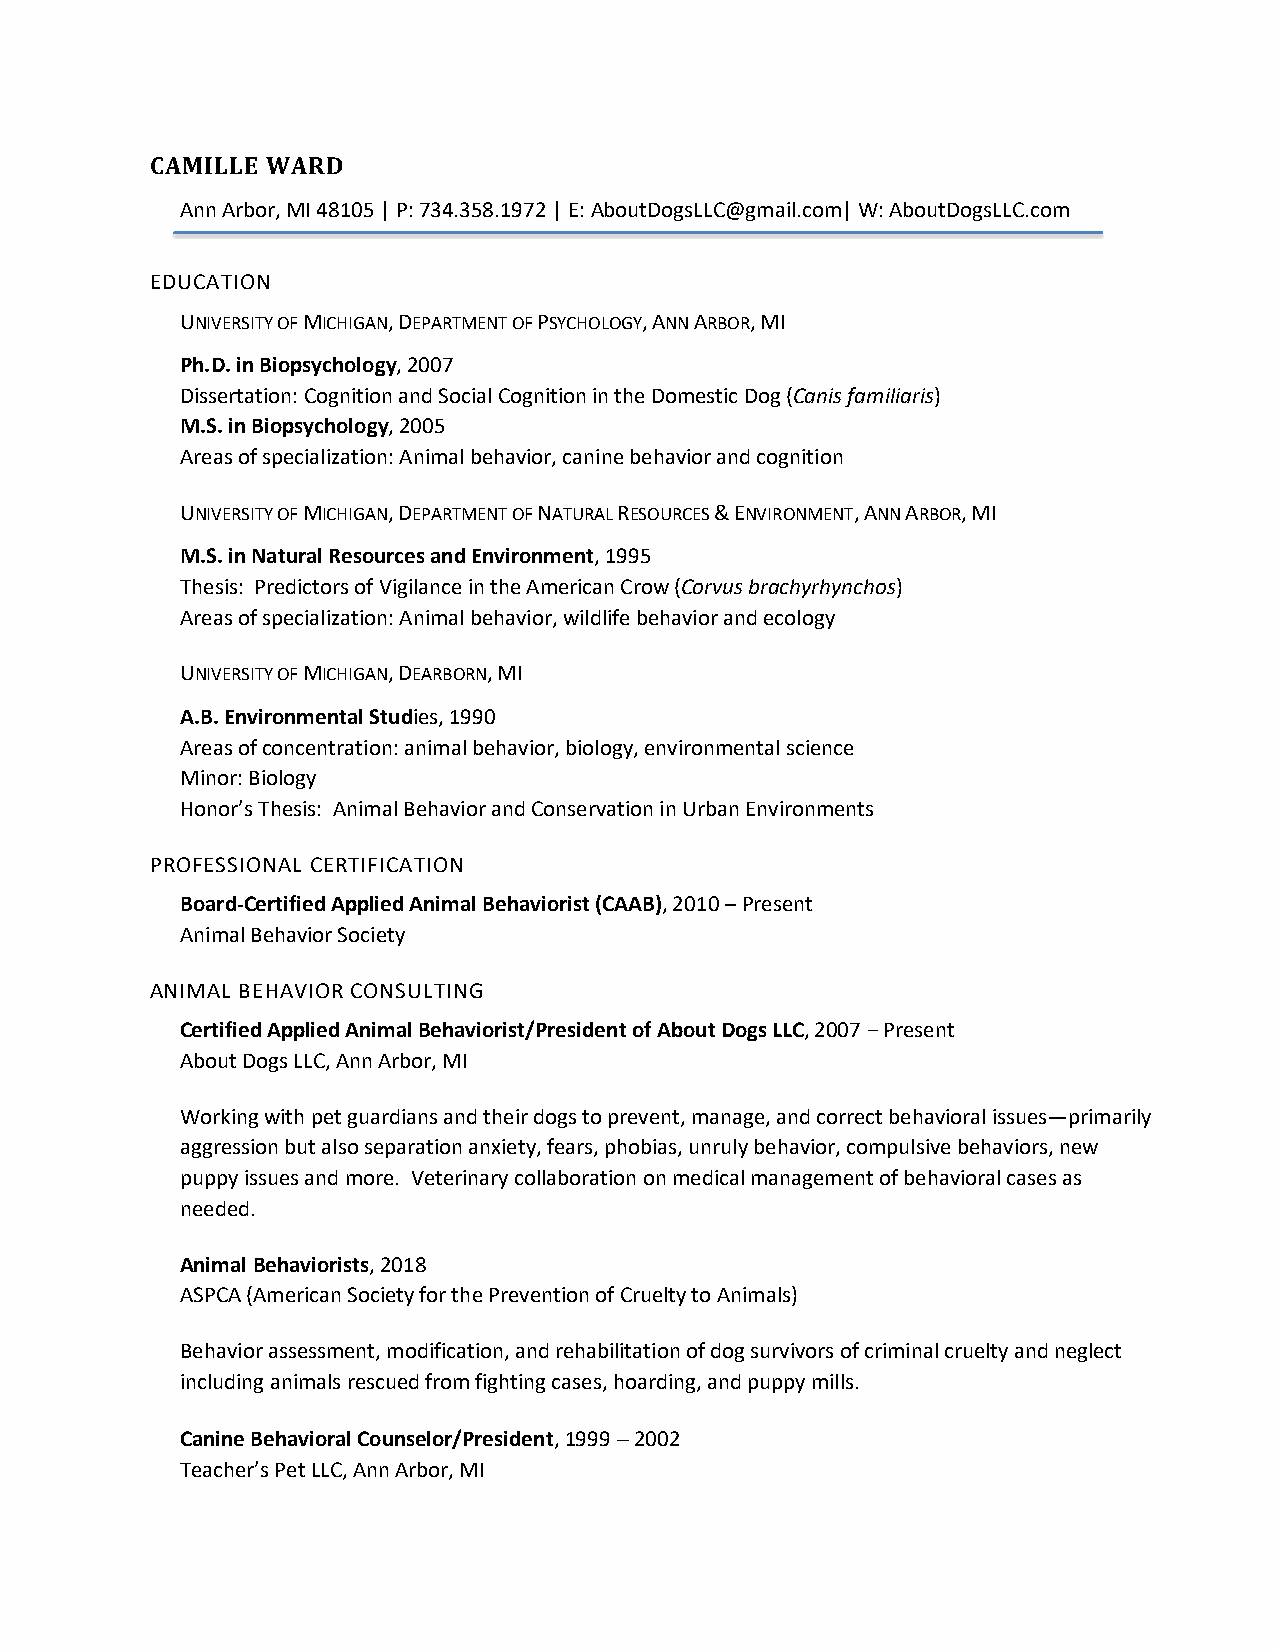
CAMILLE WARD
 Ann Arbor, MI 48105 | P: 734.358.1972 | E: AboutDogsLLC@gmail.com| W: AboutDogsLLC.com
 EDUCATION
 UNIVERSITY OF MICHIGAN, DEPARTMENT OF PSYCHOLOGY, ANN ARBOR, MI
 Ph.D. in Biopsychology, 2007
 Dissertation: Cognition and Social Cognition in the Domestic Dog (Canis familiaris)
 M.S. in Biopsychology, 2005
 Areas of specialization: Animal behavior, canine behavior and cognition
 UNIVERSITY OF MICHIGAN, DEPARTMENT OF NATURAL RESOURCES & ENVIRONMENT, ANN ARBOR, MI
 M.S. in Natural Resources and Environment, 1995
 Thesis: Predictors of Vigilance in the American Crow (Corvus brachyrhynchos)
 Areas of specialization: Animal behavior, wildlife behavior and ecology
 UNIVERSITY OF MICHIGAN, DEARBORN, MI
 A.B. Environmental Studies, 1990
 Areas of concentration: animal behavior, biology, environmental science
 Minor: Biology
 Honor’s Thesis: Animal Behavior and Conservation in Urban Environments
 PROFESSIONAL CERTIFICATION
 Board-Certified Applied Animal Behaviorist (CAAB), 2010 – Present
 Animal Behavior Society
 ANIMAL BEHAVIOR CONSULTING
 Certified Applied Animal Behaviorist/President of About Dogs LLC, 2007 − Present
 About Dogs LLC, Ann Arbor, MI
 Working with pet guardians and their dogs to prevent, manage, and correct behavioral issues—primarily
 aggression but also separation anxiety, fears, phobias, unruly behavior, compulsive behaviors, new
 puppy issues and more. Veterinary collaboration on medical management of behavioral cases as
 needed.
 Animal Behaviorists, 2018
 ASPCA (American Society for the Prevention of Cruelty to Animals)
 Behavior assessment, modification, and rehabilitation of dog survivors of criminal cruelty and neglect
 including animals rescued from fighting cases, hoarding, and puppy mills.
 Canine Behavioral Counselor/President, 1999 - 2002
 Teacher’s Pet LLC, Ann Arbor, MI